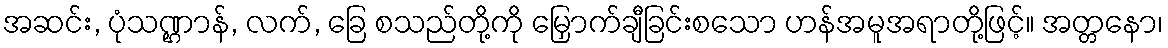
အဆင်း, ပုံသဏ္ဌာန်, လက်, ခြေ စသည်တို့ကို မြှောက်ချီခြင်းစသော ဟန်အမူအရာတို့ဖြင့်။ အတ္တနော၊